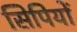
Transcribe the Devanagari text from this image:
सिपियों